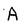
Character: A